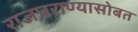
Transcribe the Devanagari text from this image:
राजघराण्यासोबत